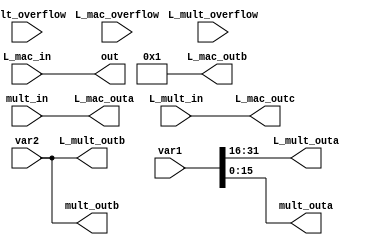
module mpy_32_16(var1, var2, out, L_mult_outa, L_mult_outb,
					L_mult_overflow, L_mult_in, L_mac_outa, L_mac_outb, L_mac_outc, 
					L_mac_overflow, L_mac_in, mult_outa, mult_outb, mult_in, mult_overflow);
					
	 input L_mult_overflow, L_mac_overflow, mult_overflow;
	 input [31:0] var1, L_mult_in, L_mac_in;
	 input [15:0] mult_in;
	 input [15:0] var2;
	 output reg [15:0] L_mult_outa, L_mult_outb, L_mac_outa, L_mac_outb, mult_outa, mult_outb;
	 output reg [31:0] L_mac_outc, out;
	 
	 always@(*) begin
		L_mult_outa = var1[31:16];
		L_mult_outb = var2;
		mult_outa = var1[15:0];
		mult_outb = var2;
		L_mac_outa = mult_in;
		L_mac_outb = 16'd1;
		L_mac_outc = L_mult_in;
		out = L_mac_in;
	end

endmodule